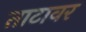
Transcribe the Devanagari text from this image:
ताटावर